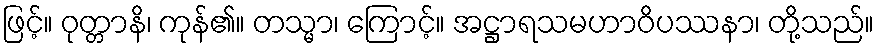
ဖြင့်။ ဝုတ္တာနိ၊ ကုန်၏။ တသ္မာ၊ ကြောင့်။ အဋ္ဌာရသမဟာဝိပဿနာ၊ တို့သည်။